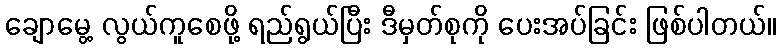
ချောမွေ့ လွယ်ကူစေဖို့ ရည်ရွယ်ပြီး ဒီမှတ်စုကို ပေးအပ်ခြင်း ဖြစ်ပါတယ်။